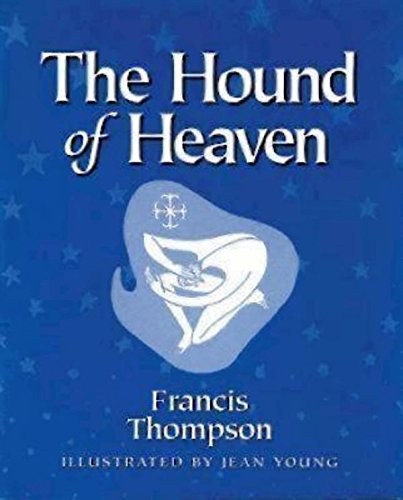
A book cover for The Hound of Heaven; Francis Thompson; Christian Books & Bibles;